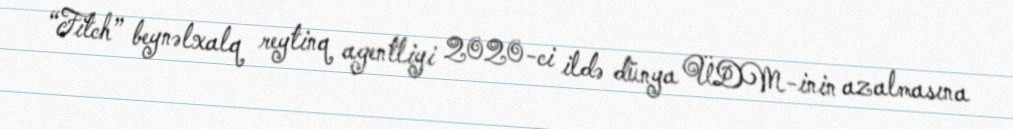
“Fitch” beynəlxalq reytinq agentliyi 2020-ci ildə dünya ÜDM-inin azalmasına